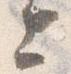
上